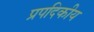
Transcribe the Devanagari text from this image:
प्रपदिकीय